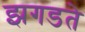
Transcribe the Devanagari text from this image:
झगडते